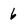
Character: 6